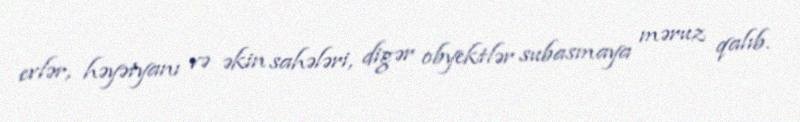
evlər, həyətyanı və əkin sahələri, digər obyektlər subasmaya məruz qalıb.